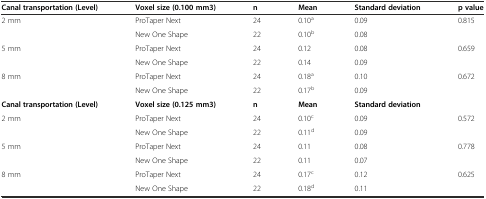
| Canal transportation (Level) | Voxel size (0.100 mm3) | n | Mean | Standard deviation | p value |
 | --- | --- | --- | --- | --- | --- |
 | <ROWSPAN=2> 2 mm | ProTaper Next | 24 | 0.10a | 0.09 | <ROWSPAN=2> 0.815 |
 | New One Shape | 22 | 0.10b | 0.08 |
 | <ROWSPAN=2> 5 mm | ProTaper Next | 24 | 0.12 | 0.08 | <ROWSPAN=2> 0.659 |
 | New One Shape | 22 | 0.14 | 0.09 |
 | <ROWSPAN=2> 8 mm | ProTaper Next | 24 | 0.18a | 0.10 | <ROWSPAN=2> 0.672 |
 | New One Shape | 22 | 0.17b | 0.09 |
 | Canal transportation (Level) | Voxel size (0.125 mm3) | n | Mean | Standard deviation |  |
 | <ROWSPAN=2> 2 mm | ProTaper Next | 24 | 0.10c | 0.09 | <ROWSPAN=2> 0.572 |
 | New One Shape | 22 | 0.11d | 0.09 |
 | <ROWSPAN=2> 5 mm | ProTaper Next | 24 | 0.11 | 0.08 | <ROWSPAN=2> 0.778 |
 | New One Shape | 22 | 0.11 | 0.07 |
 | 8 mm | ProTaper Next | 24 | 0.17c | 0.12 | <ROWSPAN=2> 0.625 |
 |  | New One Shape | 22 | 0.18d | 0.11 |